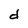
Character: d